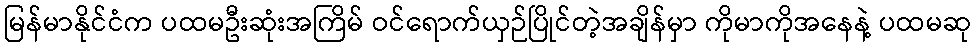
မြန်မာနိုင်ငံက ပထမဦးဆုံးအကြိမ် ဝင်ရောက်ယှဉ်ပြိုင်တဲ့အချိန်မှာ ကိုမာကိုအနေနဲ့ ပထမဆု